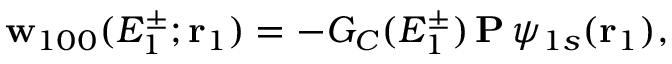
{ \bf { w } } _ { 1 0 0 } ( E _ { 1 } ^ { \pm } ; \mathbf { r } _ { 1 } ) = - G _ { C } ( E _ { 1 } ^ { \pm } ) \, { \bf { P } } \, \psi _ { 1 s } ( \mathbf { r } _ { 1 } ) ,